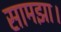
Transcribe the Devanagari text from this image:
सामझा।